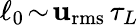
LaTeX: {\ell_{0}}\! \sim\! \mathbf{u}_{\mathrm{{rms}}}\, \tau_{L}